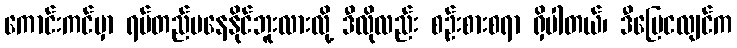
ကောင်းကင်မှာ ရပ်တည်မနေနိုင်ဘူးလားလို့ ဒီလိုလည်း စဉ်းစားစရာ ရှိပါတယ်၊ ဒီမြေငလျင်က